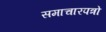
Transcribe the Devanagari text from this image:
समाचारपत्रो